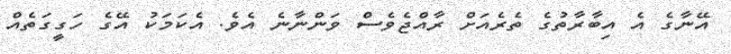
އޭނާގެ އެ އިބާރާތުގެ ތެރެއަށް ރާއްޖެވެސް ވަންނާނެ އެވެ. އެކަމަކު އޭގެ ހަގީގަތެއް